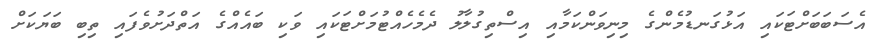
އެސަބަބަށްޓަކައި އަޅުގަނޑުމެންގެ މިނިވަންކަމާއި އިސްތިގުލާލު ދެމެހެއްޓުމަށްޓަކައި ވަކި ބައެއްގެ އަތްދަށުވެފައި ތިބި ބަޔަކަށް